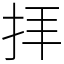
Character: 拝